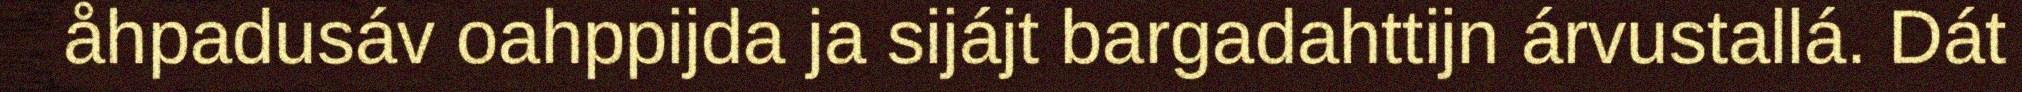
åhpadusáv oahppijda ja sijájt bargadahttijn árvustallá. Dát